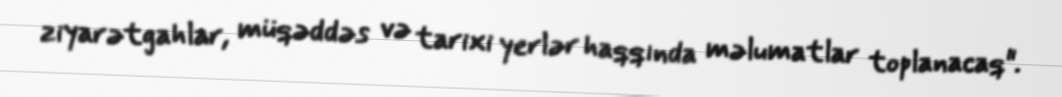
ziyarətgahlar, müqəddəs və tarixi yerlər haqqında məlumatlar toplanacaq".